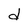
Character: d